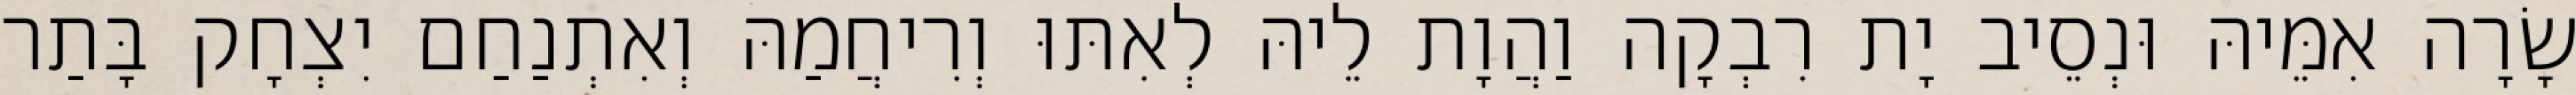
שָׂרָה אִמֵּיהּ וּנְסֵיב יָת רִבְקָה וַהֲוָת לֵיהּ לְאִתּוּ וְרִיחֲמַהּ וְאִתְנַחַם יִצְחָק בָּתַר